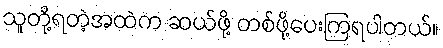
သူတို့ရတဲ့အထဲက ဆယ်ဖို့ တစ်ဖို့ပေးကြရပါတယ်။